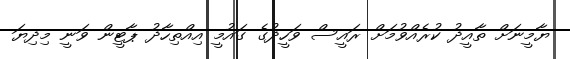
ޔާމީނަށް ތާއީދު ކުރެއްވުމަށް ރައީސް ވަހީދުގެ ގައުމީ އިއްތިހާދު ޕާޓީން ވަނީ މިދިޔަ